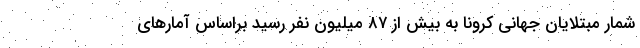
شمار مبتلایان جهانی کرونا به بیش از ۸۷ میلیون نفر رسید براساس آمارهای